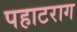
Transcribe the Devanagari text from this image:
पहाटराग